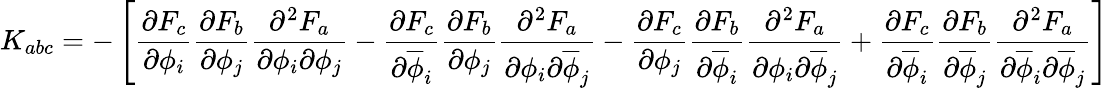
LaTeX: K_{abc}=-\left[{\frac{\partial F_{c}}{\partial\phi_{i}}}{\frac{\partial F_{b}}{\partial\phi_{j}}}{\frac{\partial^{2}F_{a}}{\partial\phi_{i}\partial\phi_{j}}}-{\frac{\partial F_{c}}{\partial\overline{{{\phi}}}_{i}}}{\frac{\partial F_{b}}{\partial\phi_{j}}}{\frac{\partial^{2}F_{a}}{\partial\phi_{i}\partial\overline{{{\phi}}}_{j}}}-{\frac{\partial F_{c}}{\partial\phi_{j}}}{\frac{\partial F_{b}}{\partial\overline{{{\phi}}}_{i}}}{\frac{\partial^{2}F_{a}}{\partial\phi_{i}\partial\overline{{{\phi}}}_{j}}}+{\frac{\partial F_{c}}{\partial\overline{{{\phi}}}_{i}}}{\frac{\partial F_{b}}{\partial\overline{{{\phi}}}_{j}}}{\frac{\partial^{2}F_{a}}{\partial\overline{{{\phi}}}_{i}\partial\overline{{{\phi}}}_{j}}}\right]